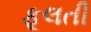
ફૂલતી